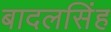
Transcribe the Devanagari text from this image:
बादलसिंह